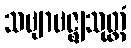
သဗျာဗဇ္ဈသုတ္တံ